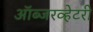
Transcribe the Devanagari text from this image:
ऑब्जरव्हेटरी